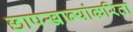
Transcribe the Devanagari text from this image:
छापखान्यांकरिता